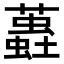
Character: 𧒨